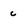
Character: c